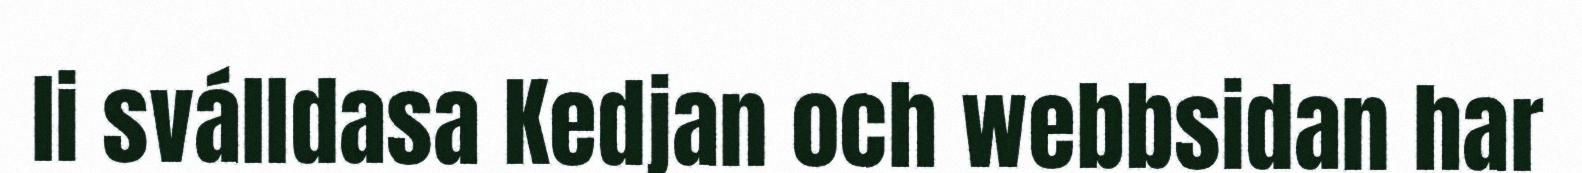
li sválldasa Kedjan och webbsidan har